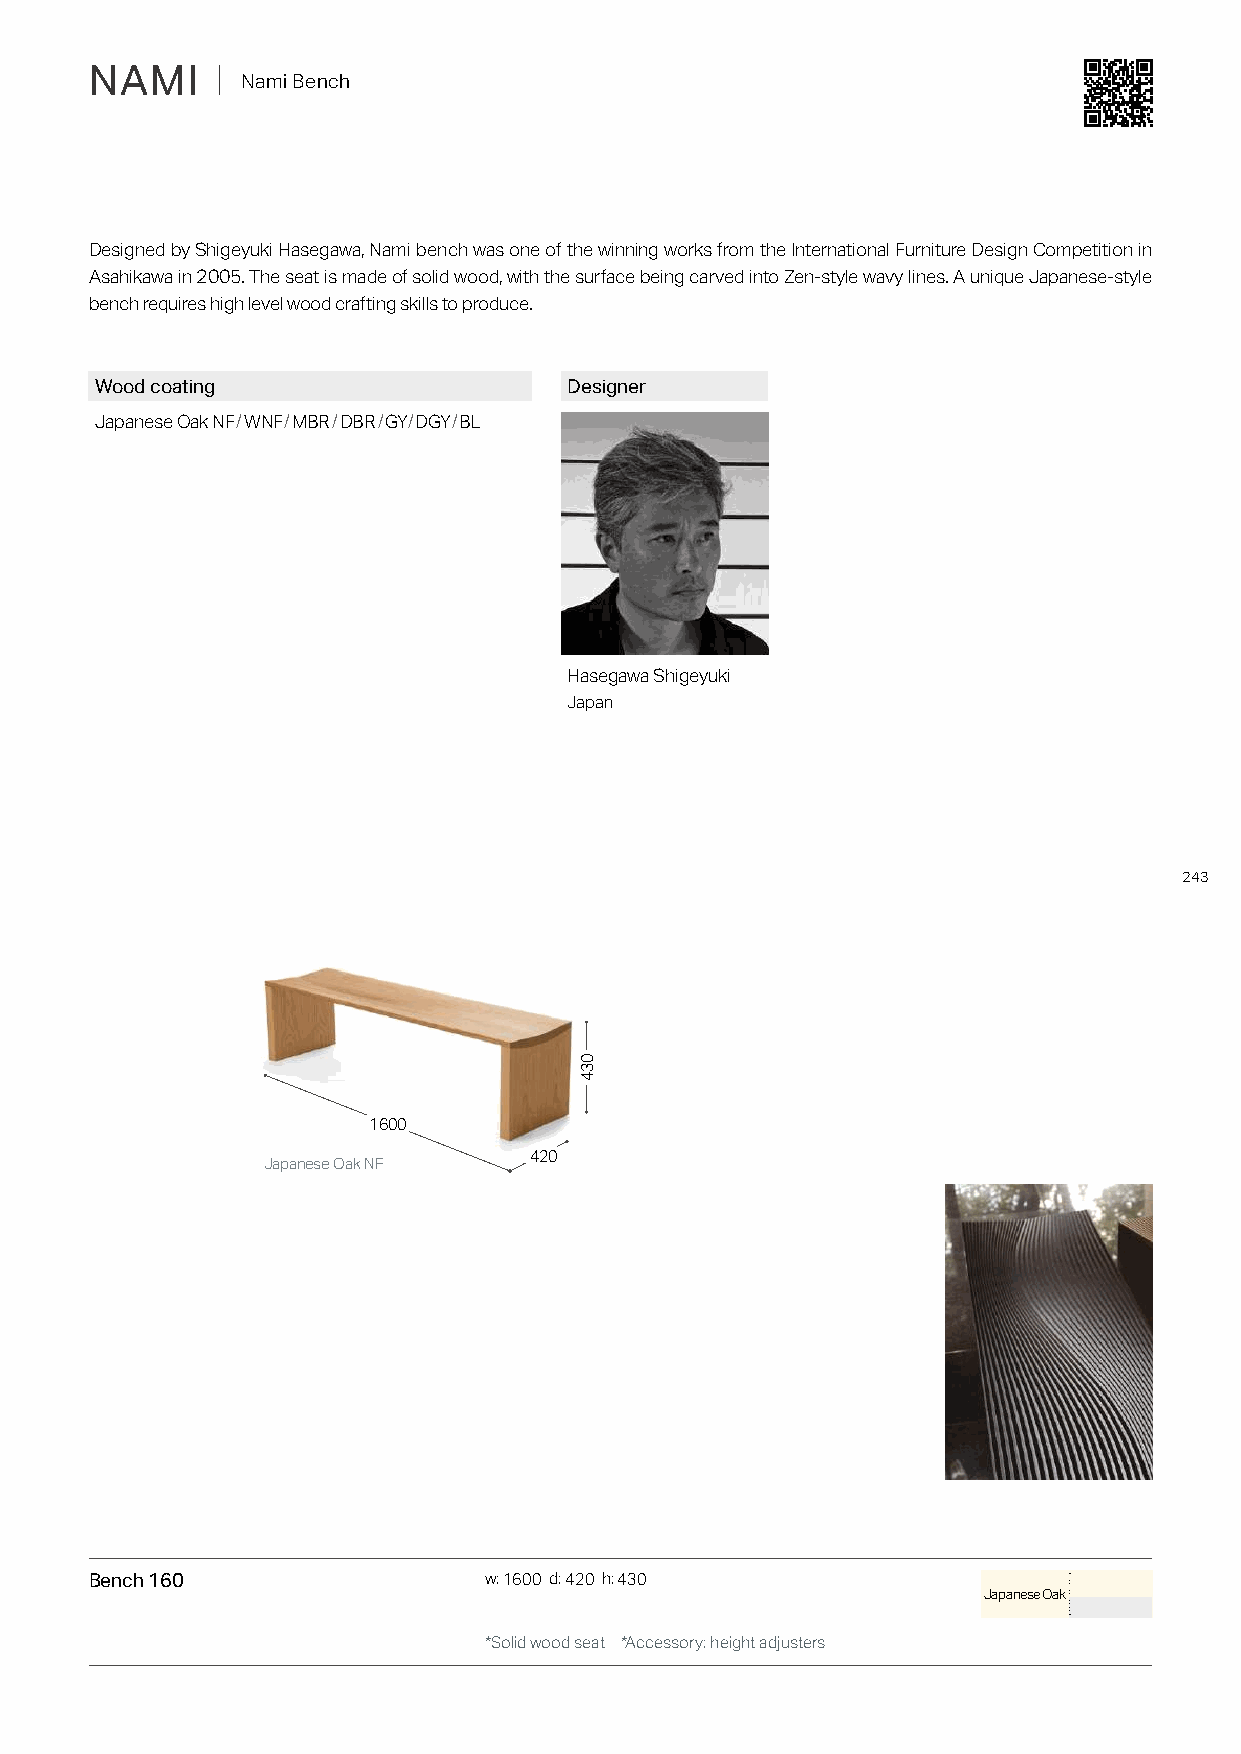
NAMI    ｜ Nami Bench
 Designed by Shigeyuki Hasegawa, Nami bench was one of the winning works from the International Furniture Design Competition in
 Asahikawa in 2005. The seat is made of solid wood, with the surface being carved into Zen-style wavy lines. A unique Japanese-style
 bench requires high level wood crafting skills to produce.
 Wood coating                    Designer
 Japanese Oak NF/WNF/MBR/DBR/GY/DGY/BL
 Hasegawa Shigeyuki
 Japan
 243
 1600
 420
 Japanese Oak NF
 Bench 160                 w: 1600 d: 420 h: 430
 Japanese Oak
 *Solid wood seat *Accessory: height adjusters
 034